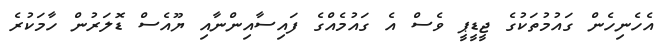
އެހެނިހެން ގައުމުތަކުގެ ޖީޑީޕީ ވެސް އެ ގައުމެއްގެ ފައިސާއިންނާއި ޔޫއެސް ޑޮލަރުން ހާމަކުރެ